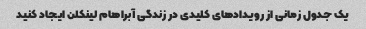
یک جدول زمانی از رویدادهای کلیدی در زندگی آبراهام لینکلن ایجاد کنید